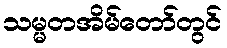
သမ္မတအိမ်တော်တွင်